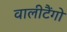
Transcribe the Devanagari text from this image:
वालीटैंगो